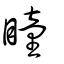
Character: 瞳